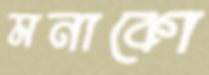
মনাকো